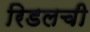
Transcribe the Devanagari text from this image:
रिडलची